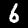
Label: 6